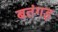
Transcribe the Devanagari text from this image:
बतंगड़